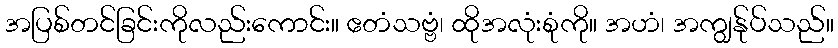
အပြစ်တင်ခြင်းကိုလည်းကောင်း။ ဧတံသဗ္ဗံ၊ ထိုအလုံးစုံကို။ အဟံ၊ အကျွန်ုပ်သည်။